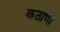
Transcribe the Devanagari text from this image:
कठाणी